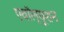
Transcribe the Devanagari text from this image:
एवॉल्यूशन